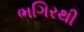
ભગિરથી